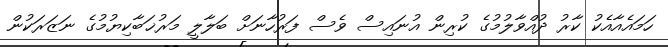
ހަމައެއާއެކު ކާރު ދުއްވާލުމުގެ ކުރިން އުނައިސް ވެސް ފަރުހާނަށް ބަލާލީ މަރުޚަބާކިޔުމުގެ ނަޒަރަކުން